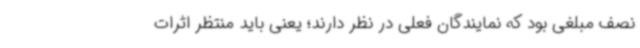
نصف مبلغی بود که نمایندگان فعلی در نظر دارند؛ یعنی باید منتظر اثرات